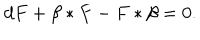
LaTeX: d F + \beta * F - F * \beta = 0 .